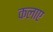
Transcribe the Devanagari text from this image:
कलाए